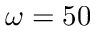
\omega = 5 0